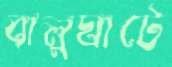
বালুঘাটে